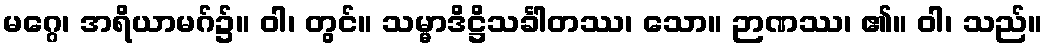
မဂ္ဂေ၊ အရိယာမဂ်၌။ ဝါ၊ တွင်။ သမ္မာဒိဋ္ဌိသင်္ခါတဿ၊ သော။ ဉာဏဿ၊ ၏။ ဝါ၊ သည်။